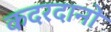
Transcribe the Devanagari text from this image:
कदरदानों